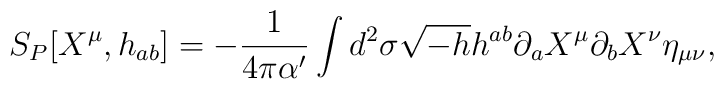
S_P[X^{\mu},h_{ab}] = - {1\over 4 \pi {\alpha}'} \int d^2 \sigma\sqrt{-h}h^{ab}\partial_a X^{\mu} \partial_b X^{\nu} \eta_{\mu \nu},